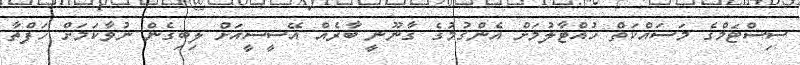
ސިސްޓަމްގެ މަސައްކަތް ހުއްޓާލުމަށް އެންގުމުގެ ގާނޫނީ ބާރެއް އޭސީސީއަށް ލިބިގެން ނުވާކަމަށް ހަފްތާ